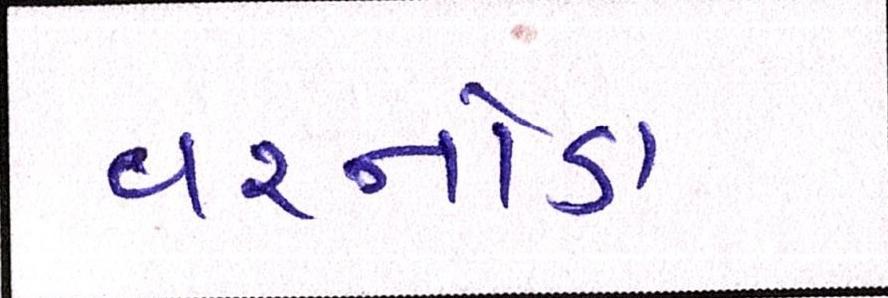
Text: વરનોડા